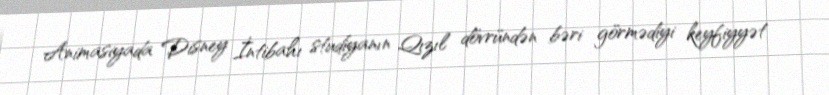
Animasiyada Disney İntibahı studiyanın Qızıl dövründən bəri görmədiyi keyfiyyət